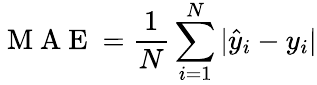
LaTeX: \mathrm{~M~A~E~}=\frac{1}{N}\sum_{i=1}^{N}|\hat{y}_{i}-y_{i}|